King Institute of Preventive Medicine Micro-Biological Section reports 1912-19
Year: 1912
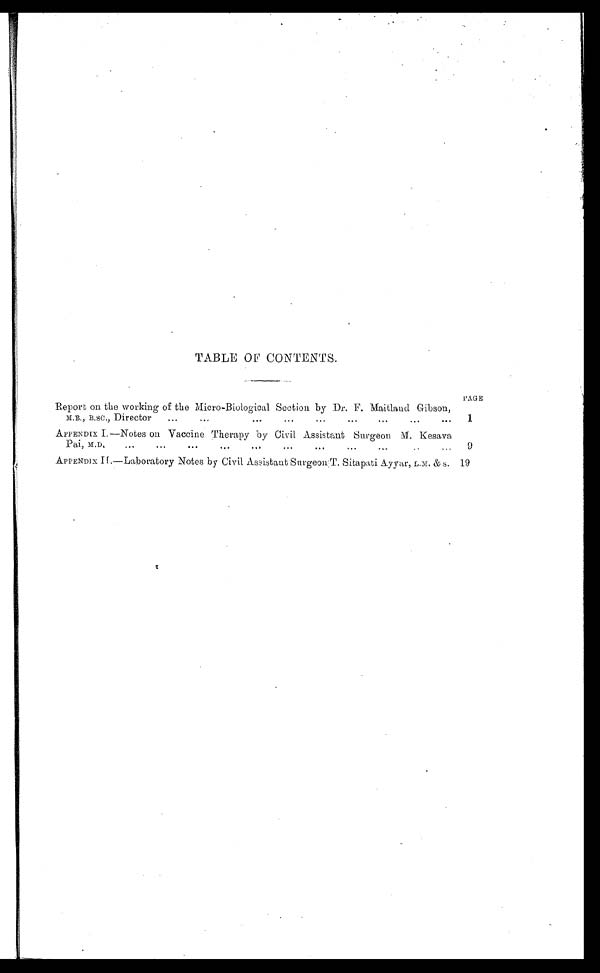
TABLE OF CONTENTS.
Report on the working of the Micro-Biological Section by Dr. F. Maitland Gibson,
MB, B.SC,, Director
...
..
.. ..
..
.. ..
..
PAGE
1
APPENDIX I, —Notes on Vaccine Therapy by Civil Assistant Surgeon M. Kesava
Pai, M.D,..
.. ..
..
..
..
..
..
. .
9
APPENDIX II.—Laboratory Notes by Civil Assistant Snrgeon T. Sitapati Ayyar, L.M. & s. 19